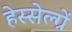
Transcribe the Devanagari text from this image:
हेस्सेल्ग्रें